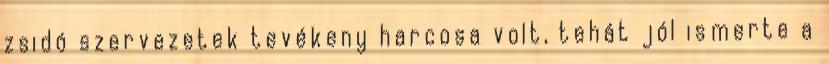
zsidó szervezetek tevékeny harcosa volt, tehát jól ismerte a